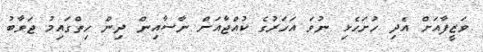
ވަޒީފާއަށް އެދި ހުށަހެޅި ނުވަ އަހަރުގެ ކުއްޖާއަށް ނާސާއިން ދިން ހިތްގައިމު ޖަވާބު